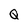
Character: G